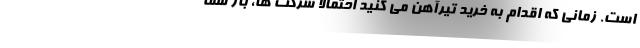
است. زمانی که اقدام به خرید تیرآهن می کنید احتمالاً شرکت ها، بار شما